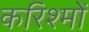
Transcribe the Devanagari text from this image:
करिश्मों